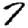
Digit: 7